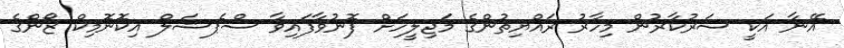
އޭނާ އަކީ ސަރުކާރުން މިހާރު ރައްޔިތުންގެ މަޖިލީހަށް ފޮނުވާފައިވާ ސްޕެޝަލް އިކޮނޮމިކް ޒޯންގެ